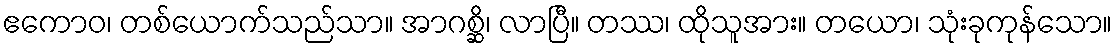
ဧကောဝ၊ တစ်ယောက်သည်သာ။ အာဂစ္ဆိ၊ လာပြီ။ တဿ၊ ထိုသူအား။ တယော၊ သုံးခုကုန်သော။